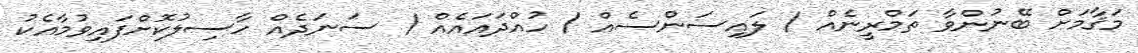
މަޤާމަށް ބޭނުންވާ ތަމްރީނެއް / ލައިސަންސެއް / ހުއްދައައެއް / ސަނަދެއް ހާސިލުކޮށްފައިވުމާއެކު